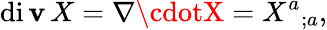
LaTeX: \operatorname{di\mathbf{v}}X=\nabla\cdotX={X^{a}}_{;a},